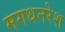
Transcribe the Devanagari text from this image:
मगधनरेश